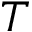
T